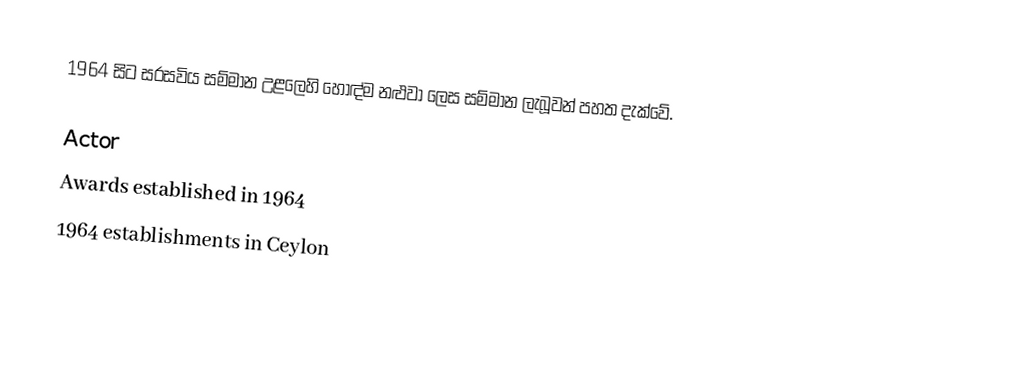
1964 සිට සරසවිය සම්මාන උළලෙහි හොඳ්ම නළුවා ලෙස සම්මාන ලැබූවන් පහත දැක්වේ.

Actor
Awards established in 1964
1964 establishments in Ceylon